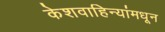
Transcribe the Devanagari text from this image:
केशवाहिन्यांमधून